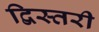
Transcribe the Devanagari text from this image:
द्विस्तरी